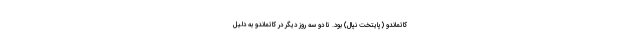
کاتماندو (پایتخت نپال) بود. تا دو سه روز دیگر در کاتماندو به دلیل